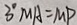
3 ^ { \circ } M A = M P